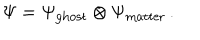
LaTeX: \Psi = \Psi _ { \mathrm { g h o s t } } \otimes \Psi _ { \mathrm { m a t t e r } } \, .